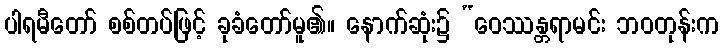
ပါရမီတော် စစ်တပ်ဖြင့် ခုခံတော်မူ၏။ နောက်ဆုံး၌ “ဝေဿန္တရာမင်း ဘဝတုန်းက